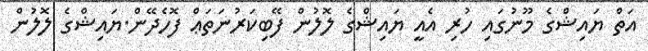
އަތް ޔައިޝްގެ މޫނުގައި ހުރި އެއީ ޔައިޝްގެ ލޮލުން ފޭބިކަރުނަތަޢް ފޮހެދޭން.ޔައިޝްގެ ލޮލުން